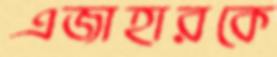
এজাহারকে